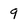
Character: 9